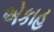
એકાહ